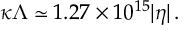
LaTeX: \kappa \Lambda \simeq 1 . 2 7 \times 1 0 ^ { 1 5 } | \eta | \, .